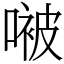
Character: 𫫢